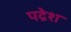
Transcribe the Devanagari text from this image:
पद्रेश